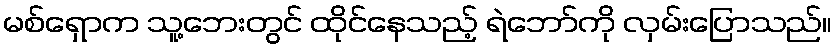
မစ်ရှောက သူ့ဘေးတွင် ထိုင်နေသည့် ရဲဘော်ကို လှမ်းပြောသည်။